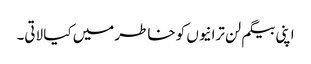
اپنی بیگم لن ترانیوں کو خاطر میں کیا لاتی۔